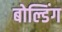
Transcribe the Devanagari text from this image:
बोल्डिंग